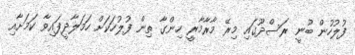
ފުލުހުން ބުނީ ރަސްދޫގައި މިރޭ މާރާމާރީ ހިންގާ ތިން ފުލުހަކަށް ހަމަލާދީފައިވާ ކަމަށާއި